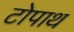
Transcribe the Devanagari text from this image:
टोपाथ